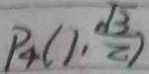
P _ { 4 } ( 1 , \frac { \sqrt { 3 } } { 2 } )